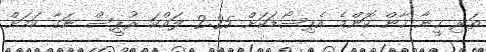
ތަރި ހީނާ ހާން ކޮންމެ އެޕިސޯޑަކަށް 2.25 ލައްކަ ރުޕީސް ނަގާ ކަމަށް